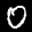
Label: 0